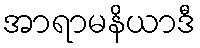
အာရာမနိယာဒီ